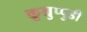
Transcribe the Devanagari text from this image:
कूच्चुप्पुडी